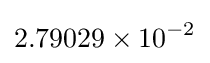
2.79029\times 10^{-2}